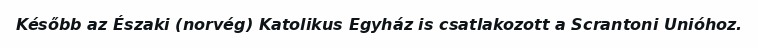
Később az Északi (norvég) Katolikus Egyház is csatlakozott a Scrantoni Unióhoz.